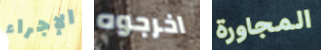
الإجراء اخرجوه المجاورة